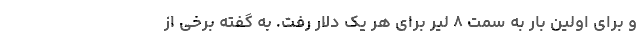
و برای اولین بار به سمت ۸ لیر برای هر یک دلار رفت. به گفته برخی از